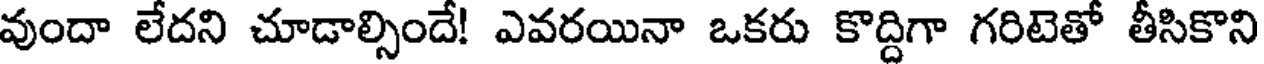
వుందా లేదని చూడాల్సిందే! ఎవరయినా ఒకరు కొద్దిగా గరిటెతో తీసికొని